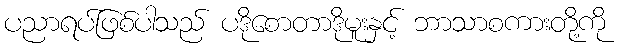
ပညာရပ်ဖြစ်ပါသည် ပဒိုစောတာဒိုမူးနှင့် ဘာသာစကားတို့ကို